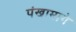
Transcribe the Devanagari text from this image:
पंखामागे